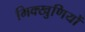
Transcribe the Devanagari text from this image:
भिक्खुणियों